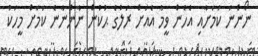
ނޯންނަ ކަމަށާއި އެހެން ވީމާ އެއަށް ރަލުގެ ޙުކުން ނާންނާނެ ކަމަށް މީހަކު